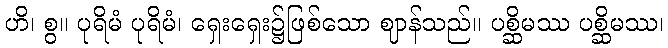
ဟိ၊ စွ။ ပုရိမံ ပုရိမံ၊ ရှေးရှေး၌ဖြစ်သော ဈာန်သည်။ ပစ္ဆိမဿ ပစ္ဆိမဿ၊